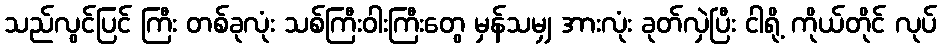
သည်လွင်ပြင် ကြီး တစ်ခုလုံး သစ်ကြီးဝါးကြီးတွေ မှန်သမျှ အားလုံး ခုတ်လှဲပြီး ငါရို့ ကိုယ်တိုင် လုပ်